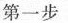
第一步